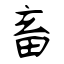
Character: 畜